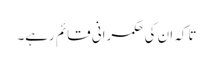
تاکہ ان کی حکمرانی قائم رہے۔